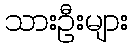
သားဦးများ